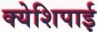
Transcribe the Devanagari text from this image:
क्येशिपाई